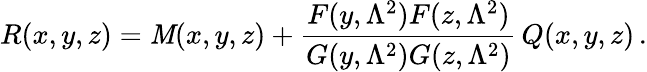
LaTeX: R(x,y,z)=\mathit{M}(x,y,z)+\frac{{F(y,\Lambda^{2})F(z,\Lambda^{2})}}{{G(y,\Lambda^{2})G(z,\Lambda^{2})}}\, Q(x,y,z)\, .